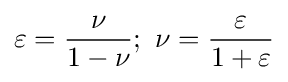
\varepsilon ={\frac {\nu }{1-\nu }};\ \nu ={\frac {\varepsilon }{1+\varepsilon }}